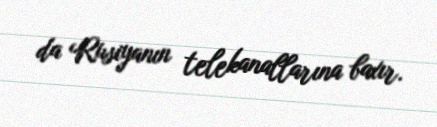
da Rusiyanın telekanallarına baxır.